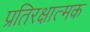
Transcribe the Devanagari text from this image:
प्रतिरक्षात्‍मक